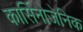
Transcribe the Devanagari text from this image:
कार्सिनोजेनिक